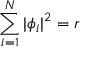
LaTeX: \sum _ { i = 1 } ^ { N } | \phi _ { i } | ^ { 2 } = r